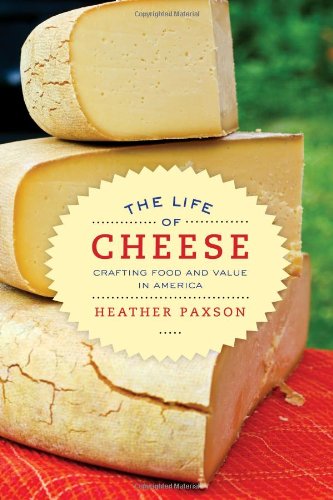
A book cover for The Life of Cheese: Crafting Food and Value in America (California Studies in Food and Culture); Heather Paxson; Cookbooks, Food & Wine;